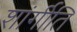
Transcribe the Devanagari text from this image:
शांर्गीति